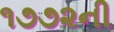
૧૭૭૨ની